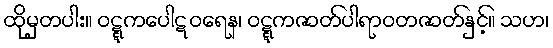
ထိုမှတပါး။ ဝဋ္ဋကပေါဋဝရေန၊ ဝဋ္ဋကဇာတ်ပါရာဝတဇာတ်နှင့်။ သဟ၊